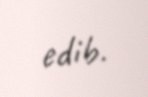
edib.